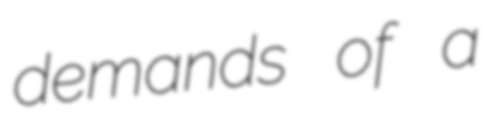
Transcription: demands of a